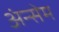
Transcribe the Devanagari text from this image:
अंन्सेम